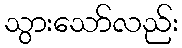
သွားသော်လည်း